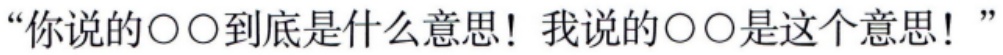
“你说的\(\bigcirc\bigcirc\)到底是什么意思！我说的\(\bigcirc\bigcirc\)是这个意思！”